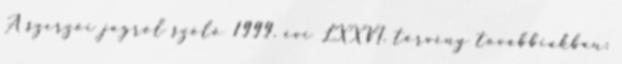
A szerzői jogról szóló 1999. évi LXXVI. törvény továbbiakban: